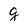
Character: g